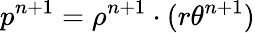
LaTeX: p^{n+1}=\rho^{n+1}\cdot(r\theta^{n+1})